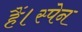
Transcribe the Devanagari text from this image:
हैं।स्पेन